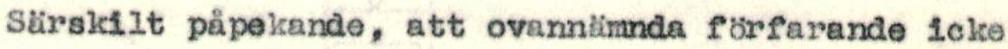
särskilt påpekande, att ovannämnda förfarande icke